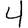
Digit: 4